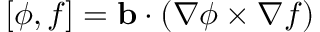
[ \phi , f ] = \mathbf { b } \cdot \left( \nabla \phi \times \nabla f \right)